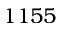
1 1 5 5